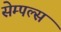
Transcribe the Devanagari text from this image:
सेम्पल्स